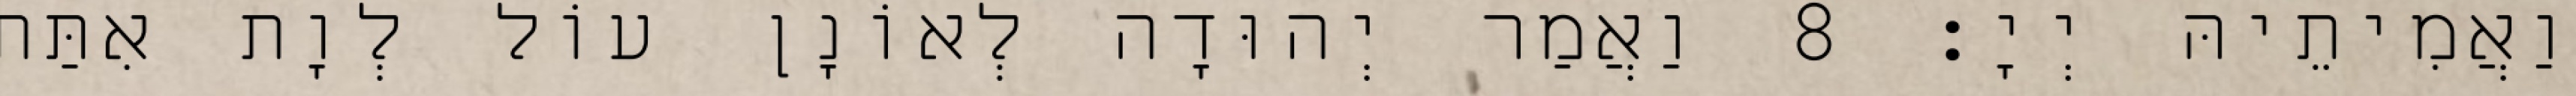
וַאֲמִיתֵיהּ יְיָ׃ 8 וַאֲמַר יְהוּדָה לְאוֹנָן עוֹל לְוָת אִתַּת